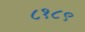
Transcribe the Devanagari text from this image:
८१८९